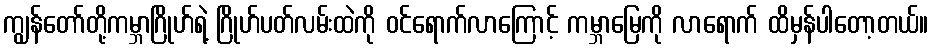
ကျွန်တော်တို့ကမ္ဘာဂြိုဟ်ရဲ့ ဂြိုဟ်ပတ်လမ်းထဲကို ဝင်ရောက်လာကြောင့် ကမ္ဘာမြေကို လာရောက် ထိမှန်ပါတော့တယ်။